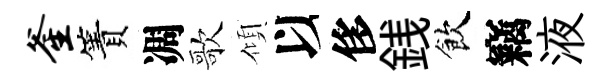
釜簀凋歌傾以侈銭飲竊液